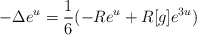
\begin{align*}-\Delta e^u = \frac 16 (-Re^u + R[g]e^{3u}) \end{align*}